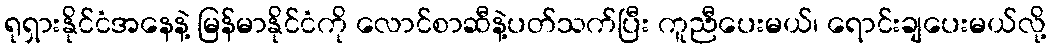
ရုရှားနိုင်ငံအနေနဲ့ မြန်မာနိုင်ငံကို လောင်စာဆီနဲ့ပတ်သက်ပြီး ကူညီပေးမယ်၊ ရောင်းချပေးမယ်လို့